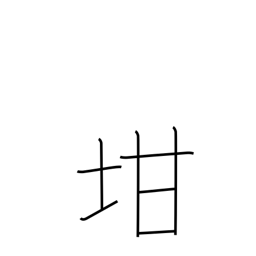
Meaning: pot